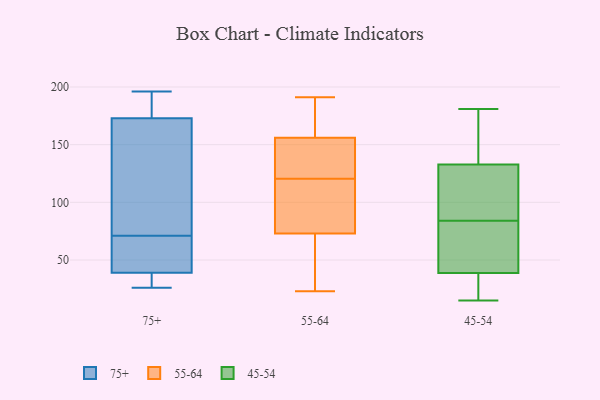
{"axis": {"x": "Temperature (°C)", "y": "Value"}, "legend": ["45-54", "55-64", "75+"], "data": [{"x": "", "y": 30, "type": "75+"}, {"x": "", "y": 69, "type": "75+"}, {"x": "", "y": 26, "type": "75+"}, {"x": "", "y": 73, "type": "75+"}, {"x": "", "y": 155, "type": "75+"}, {"x": "", "y": 190, "type": "75+"}, {"x": "", "y": 175, "type": "75+"}, {"x": "", "y": 196, "type": "75+"}, {"x": "", "y": 58, "type": "75+"}, {"x": "", "y": 51, "type": "75+"}, {"x": "", "y": 173, "type": "75+"}, {"x": "", "y": 31, "type": "75+"}, {"x": "", "y": 83, "type": "75+"}, {"x": "", "y": 39, "type": "75+"}, {"x": "", "y": 34, "type": "55-64"}, {"x": "", "y": 170, "type": "55-64"}, {"x": "", "y": 156, "type": "55-64"}, {"x": "", "y": 121, "type": "55-64"}, {"x": "", "y": 127, "type": "55-64"}, {"x": "", "y": 191, "type": "55-64"}, {"x": "", "y": 73, "type": "55-64"}, {"x": "", "y": 27, "type": "55-64"}, {"x": "", "y": 133, "type": "55-64"}, {"x": "", "y": 49, "type": "55-64"}, {"x": "", "y": 23, "type": "55-64"}, {"x": "", "y": 107, "type": "55-64"}, {"x": "", "y": 118, "type": "55-64"}, {"x": "", "y": 125, "type": "55-64"}, {"x": "", "y": 178, "type": "55-64"}, {"x": "", "y": 92, "type": "55-64"}, {"x": "", "y": 170, "type": "55-64"}, {"x": "", "y": 120, "type": "55-64"}, {"x": "", "y": 29, "type": "45-54"}, {"x": "", "y": 55, "type": "45-54"}, {"x": "", "y": 22, "type": "45-54"}, {"x": "", "y": 84, "type": "45-54"}, {"x": "", "y": 181, "type": "45-54"}, {"x": "", "y": 135, "type": "45-54"}, {"x": "", "y": 109, "type": "45-54"}, {"x": "", "y": 45, "type": "45-54"}, {"x": "", "y": 124, "type": "45-54"}, {"x": "", "y": 42, "type": "45-54"}, {"x": "", "y": 124, "type": "45-54"}, {"x": "", "y": 132, "type": "45-54"}, {"x": "", "y": 140, "type": "45-54"}, {"x": "", "y": 15, "type": "45-54"}, {"x": "", "y": 166, "type": "45-54"}, {"x": "", "y": 16, "type": "45-54"}, {"x": "", "y": 60, "type": "45-54"}]}